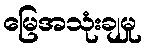
မြေအသုံးချမှု